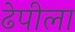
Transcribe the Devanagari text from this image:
ढेपीला